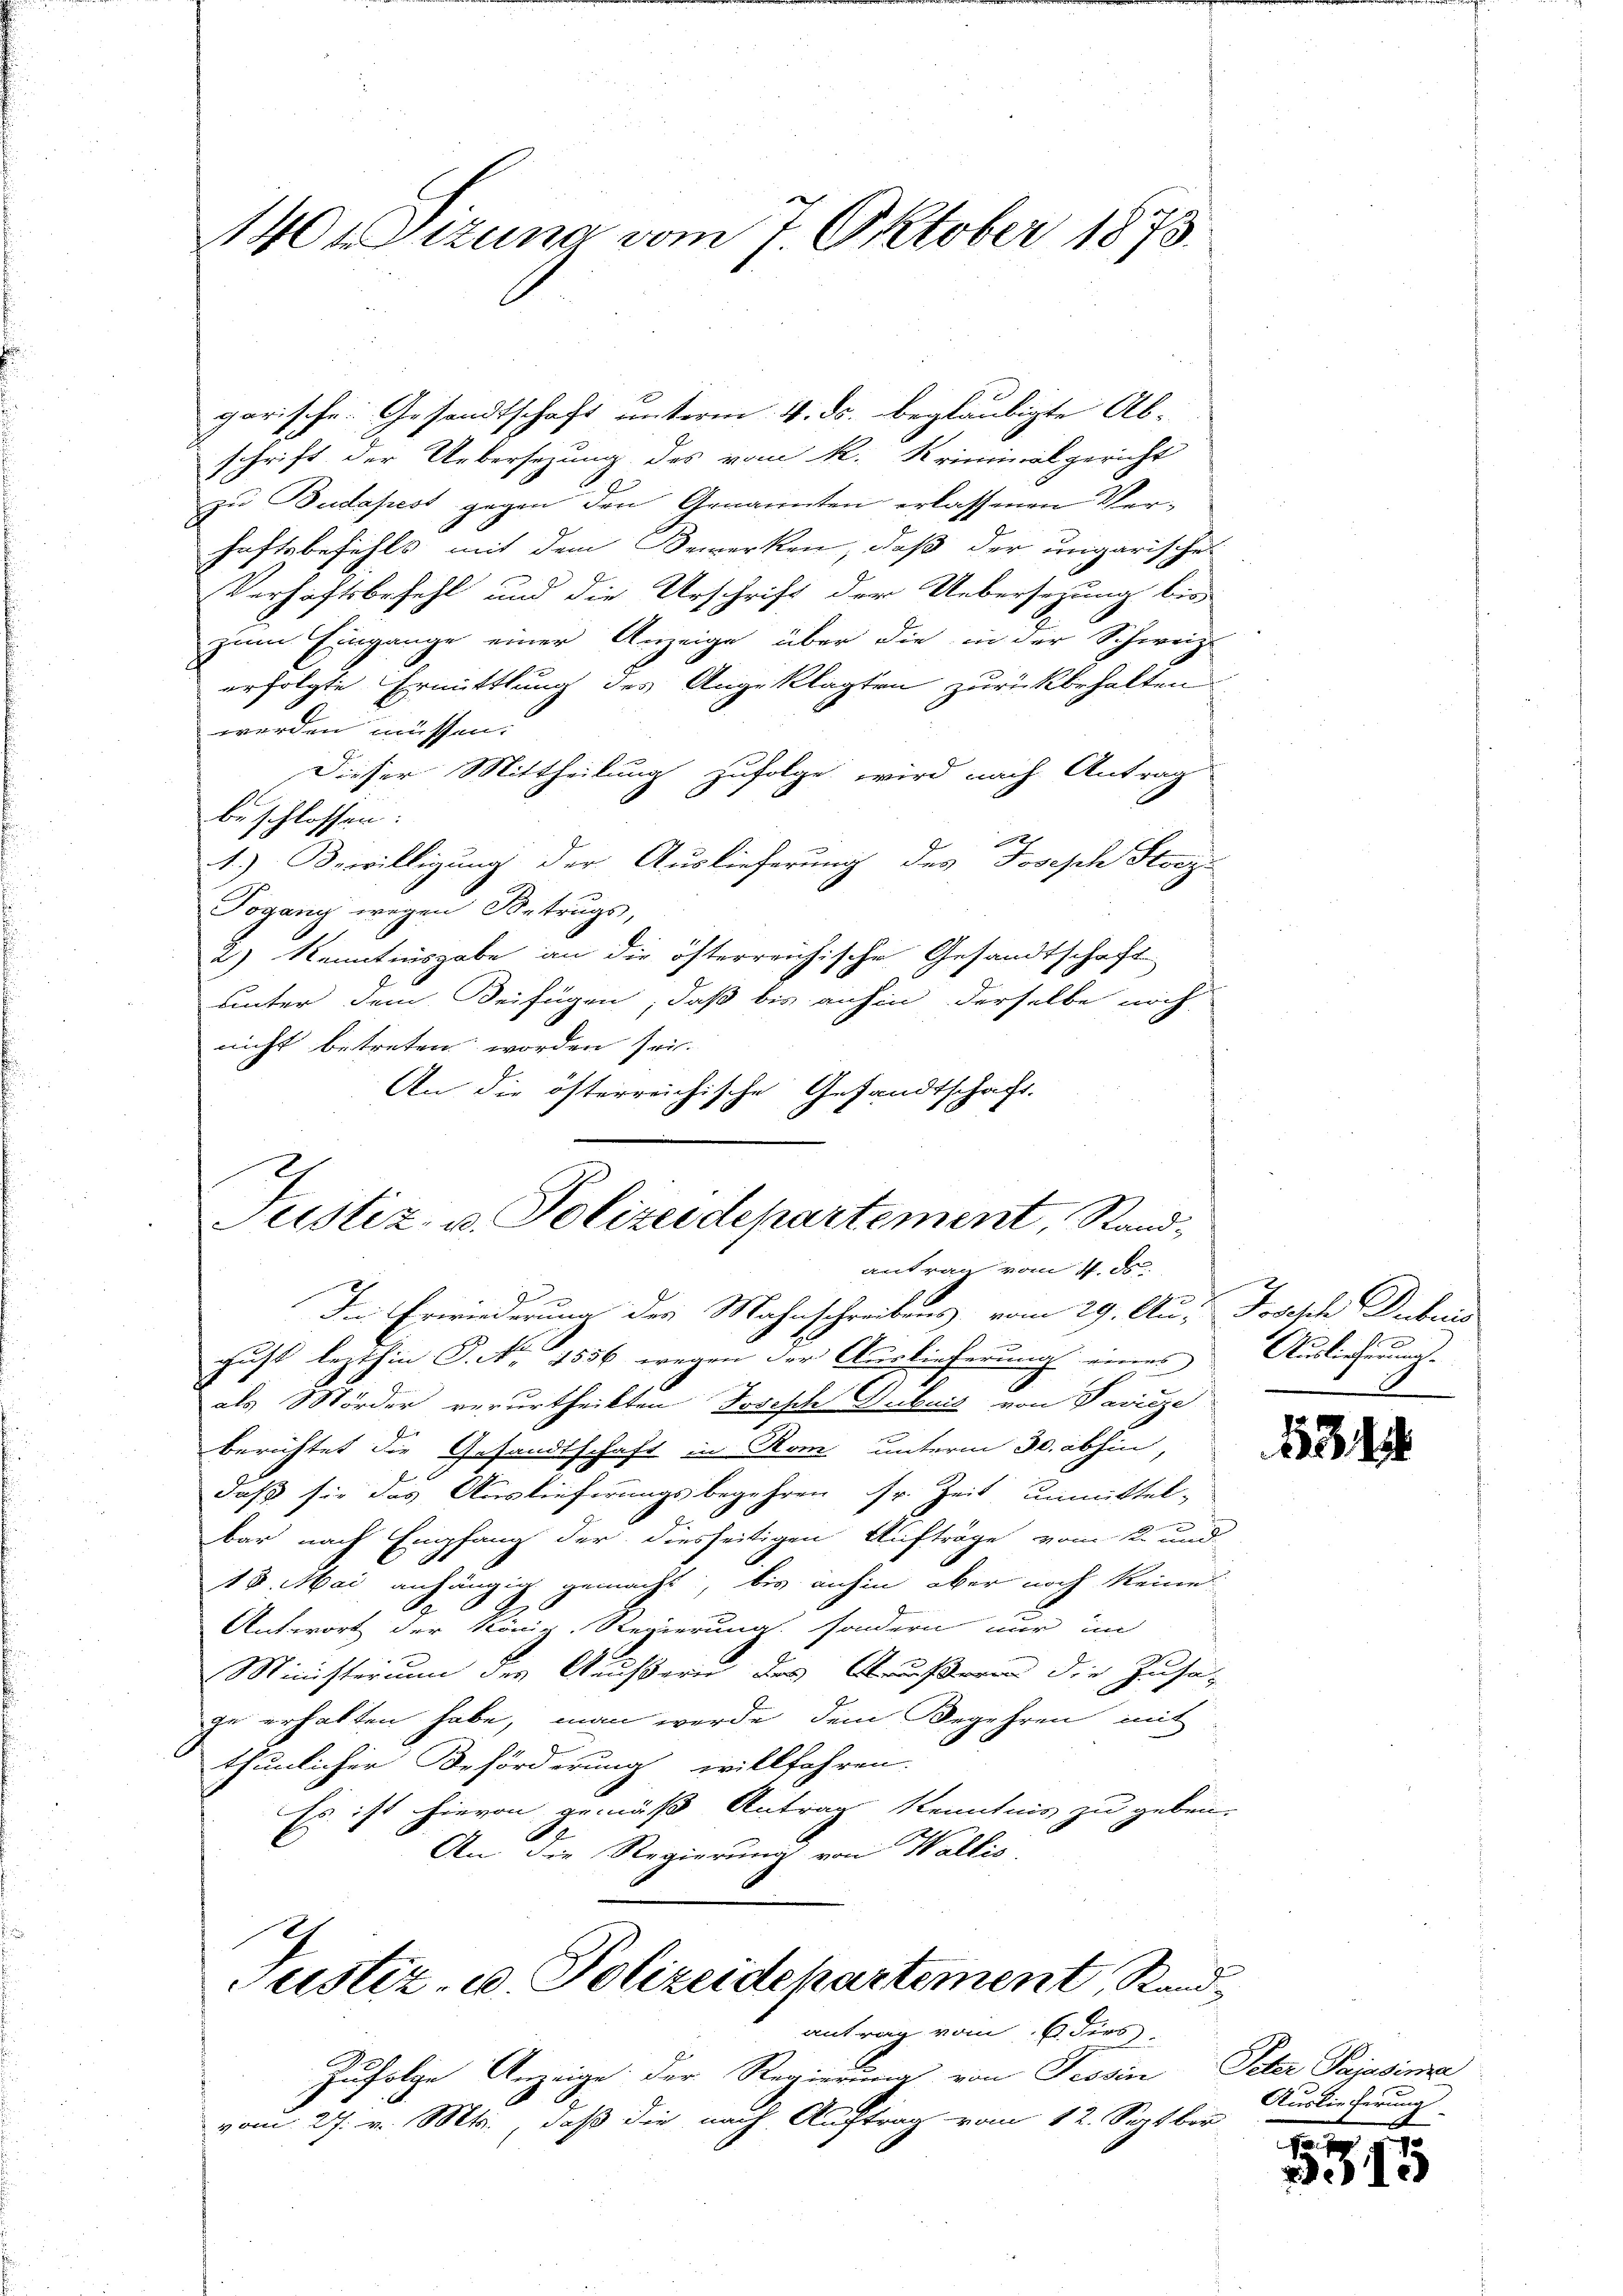
140Dizung vom 7. Oktober 1873.

garische Gesandtschaft unterm 4. ds. beglaubigte Ab-
schrift der Uebersezung des vom k. Kriminalgericht
zu Budapest gegen den Genannten erlassenen Verhaftsbefehls mit dem Bemerken, daß der ungarische
Verhaftsbefehl und die Urschrift der Uebersezung bis
zum Eingange einer Anzeige über die in der Schweiz.
erfolgte Ermittlung des Angeklagten zurückbehalten
werden müssen.
Dieser Mittheilung zufolge wird nach Antrag
beschlossen:
1.) Bewilligung der Auslieferung des Joseph Storze
Togang wegen Betrugs,
2) Kenntnisgabe an die österreichische Gesandtschaft
unter dem Beifügen, daß bis anhin derselbe noch
nicht betreten worden sei-
An die österreichische Gesandtschaft.

Justiz- u. Polizeidepartement, Standantrag vom 4. ds.

d
In Erwiederung des Mahnschreibens vom 29. Au. Joseph Dubuis
gust lezthin P. Nr. 4556 wegen der Auslieferung eines
als Mörder verurtheilten Joseph Dubuis von Paritze
berichtet die Gesandtschaft in Rom unterm 30. abhin
daß sie das Auslieferungsbegehren sr. Zeit unmittel-
bar nach Empfang der diesseitigen Aufträge vom 2. und
15. Mai anfängig gemacht, bis anhin aber noch keine
Antwort der Koni Regierung sondern nur im
Ministerium der Aeußern des Aeußeren die Zusat
ge erhalten habe, man werde dem Begehren mit
thunlicher Beförderung willfahren.
Es ist hievon gemäß Antrag Kenntnis zu geben.
An die Regierung von Wallis
e
Justiz- u Polizeidekartement, Rand¬

antrag vom 6. dies

Zufolge Anzeige der Regierung von Tessin, Peter Pajasimi
vom 27. v. Mts., daß die nach Auftrag vom 12. Septber

Ausliehrung.

1531

Auslieferung
f

1
.15